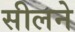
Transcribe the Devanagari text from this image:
सीलने